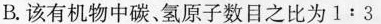
B.该有机物中碳、氢原子数目之比为$$1 : 3$$